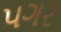
પગર